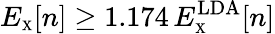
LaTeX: E_{\scriptscriptstyle\mathrm{X}}[n]\geq 1.174\, E_{\scriptscriptstyle\mathrm{X}}^{\mathrm{LDA}}[n]